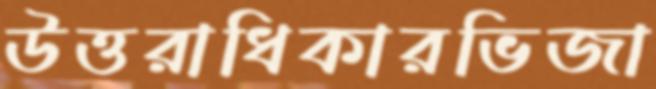
উত্তরাধিকারভিজা